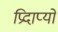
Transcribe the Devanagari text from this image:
प्रिदाप्यो